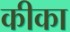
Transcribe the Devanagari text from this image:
कीका